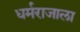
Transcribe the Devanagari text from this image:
धर्मराजाला